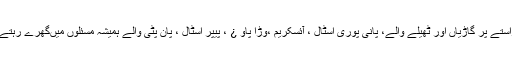
راستے پر گاڑیاں اور ٹھیلے والے، پانی پوری اسٹال ، آئسکریم ،وڑا پاو ¿ ، پیپر اسٹال ، پان پٹی والے ہمیشہ مسئلوں میںگھرے رہتے ۔